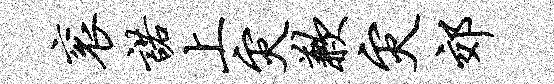
衮诺上灾歉灾郊